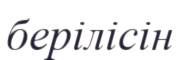
берілісін